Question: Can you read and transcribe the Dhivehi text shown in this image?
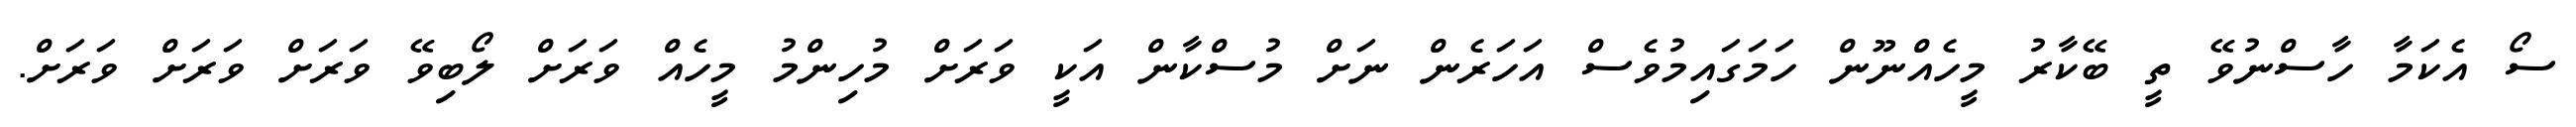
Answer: ސޯ އެކަމާ ހާސްނުވޭ ތީ ބޭކާރު މީހެއްނޫން ހަމަގައިމުވެސް އަހަރެން ނަށް މުސްކާން އަކީ ވަރަށް މުހިންމު މީހެއް ވަރަށް ލޯބިވޭ ވަރަށް ވަރަށް ވަރަށް.